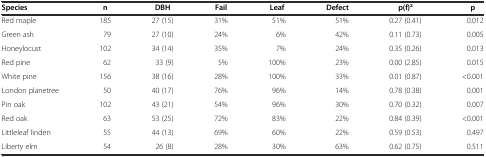
<table><thead><tr><td><b>Species</b></td><td><b>n</b></td><td><b>DBH</b></td><td><b>Fail</b></td><td><b>Leaf</b></td><td><b>Defect</b></td><td><b>p(f)<sup>z</sup></b></td><td><b>p</b></td></tr></thead><tbody><tr><td>Red maple</td><td>185</td><td>27 (15)</td><td>31%</td><td>51%</td><td>51%</td><td>0.27 (0.41)</td><td>0.012</td></tr><tr><td>Green ash</td><td>79</td><td>27 (10)</td><td>24%</td><td>6%</td><td>42%</td><td>0.11 (0.73)</td><td>0.005</td></tr><tr><td>Honeylocust</td><td>102</td><td>34 (14)</td><td>35%</td><td>7%</td><td>24%</td><td>0.35 (0.26)</td><td>0.013</td></tr><tr><td>Red pine</td><td>62</td><td>33 (9)</td><td>5%</td><td>100%</td><td>23%</td><td>0.00 (2.85)</td><td>0.015</td></tr><tr><td>White pine</td><td>156</td><td>38 (16)</td><td>28%</td><td>100%</td><td>33%</td><td>0.01 (0.87)</td><td>&lt;0.001</td></tr><tr><td>London planetree</td><td>50</td><td>40 (17)</td><td>76%</td><td>96%</td><td>14%</td><td>0.78 (0.38)</td><td>0.001</td></tr><tr><td>Pin oak</td><td>102</td><td>43 (21)</td><td>54%</td><td>96%</td><td>30%</td><td>0.70 (0.32)</td><td>0.007</td></tr><tr><td>Red oak</td><td>63</td><td>53 (25)</td><td>72%</td><td>83%</td><td>22%</td><td>0.84 (0.39)</td><td>&lt;0.001</td></tr><tr><td>Littleleaf linden</td><td>55</td><td>44 (13)</td><td>69%</td><td>60%</td><td>22%</td><td>0.59 (0.53)</td><td>0.497</td></tr><tr><td>Liberty elm</td><td>54</td><td>26 (8)</td><td>28%</td><td>30%</td><td>63%</td><td>0.62 (0.75)</td><td>0.511</td></tr></tbody></table>